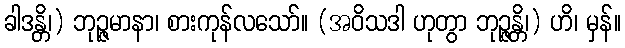
ခါဒန္တိ၊) ဘုဉ္ဇမာနာ၊ စားကုန်လသော်။ (အဝိသဒါ ဟုတွာ ဘုဉ္ဇန္တိ၊) ဟိ၊ မှန်။